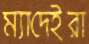
ম্যাদেইরা